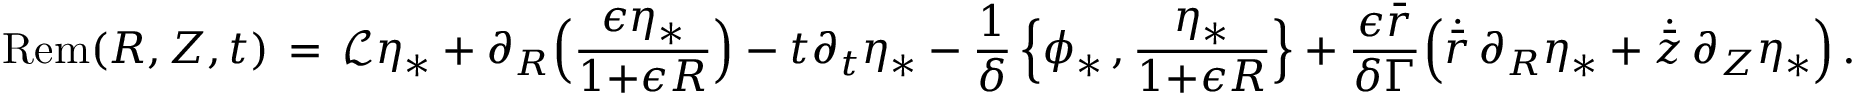
\mathrm { R e m } ( R , Z , t ) \, = \, \mathcal { L } \eta _ { * } + \partial _ { R } \Bigl ( \frac { \epsilon \eta _ { * } } { 1 { + } \epsilon R } \Bigr ) - t \partial _ { t } \eta _ { * } - \frac { 1 } { \delta } \, \Bigl \{ \phi _ { * } \, , \frac { \eta _ { * } } { 1 { + } \epsilon R } \Bigr \} + \frac { \epsilon \bar { r } } { \delta \Gamma } \Bigl ( \dot { \bar { r } } \, \partial _ { R } \eta _ { * } + \dot { \bar { z } } \, \partial _ { Z } \eta _ { * } \Bigr ) \, .